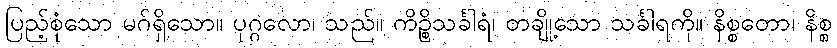
ပြည့်စုံသော မဂ်ရှိသော။ ပုဂ္ဂလော၊ သည်။ ကိဉ္စိသင်္ခါရံ၊ တချို့သော သင်္ခါရကို။ နိစ္စတော၊ နိစ္စ